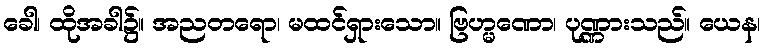
ခေါ၊ ထိုအခါ၌။ အညတရော၊ မထင်ရှားသော။ ဗြဟ္မဏော၊ ပုဏ္ဏားသည်။ ယေန၊